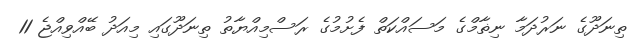
ތިނަދޫގެ ނަރުދަމާ ނިޡާމްގެ މަސައްކަތް ފެށުމުގެ ރަސްމިއްޔާތު ތިނަދޫގައި މިއަދު ބޭއްވިއްޖެ 11